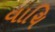
વાચિ